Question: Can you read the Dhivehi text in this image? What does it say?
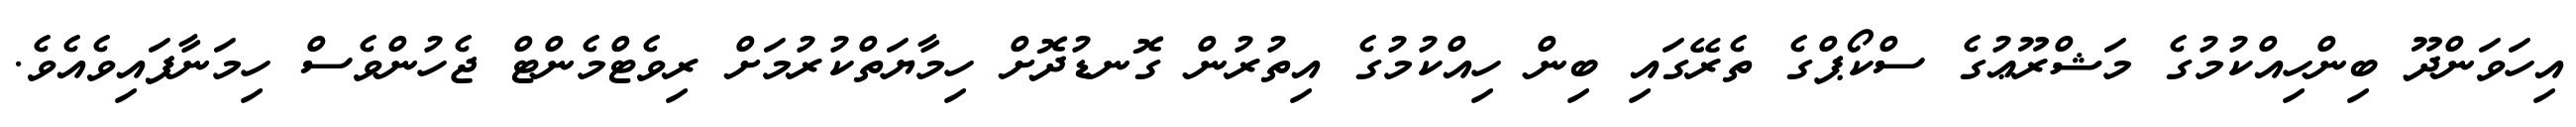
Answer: އިހަވަންދޫ ބިންހިއްކުމުގެ މަޝްރޫޢުގެ ސްކޯޕްގެ ތެރޭގައި ބިން ހިއްކުމުގެ އިތުރުން ގޮނޑުދޮށް ހިމާޔަތްކުރުމަށް ރިވެޓްމެންޓް ޖެހުންވެސް ހިމަނާފައިވެއެވެ.